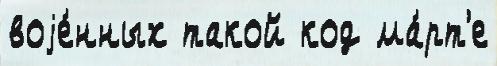
воjе́нных такой код ма́рт'е